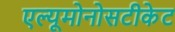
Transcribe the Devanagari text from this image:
एल्यूमोनोसटीकेट